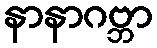
နာနာဂဗ္ဘာ